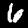
Digit: 6